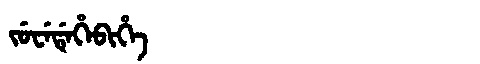
Manchu: ᠵᡠᠸᡝᡩᡝᡥᡝᠪᡳᡥᡝ
Romanization: JUWEDEHEBIHE